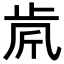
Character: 𣥪